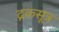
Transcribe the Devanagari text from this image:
द्रकसूत्र